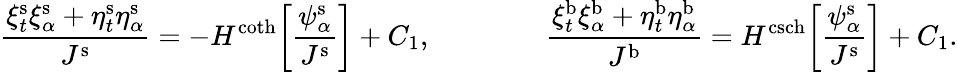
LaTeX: \frac{\xi_{t}^{\mathrm{s}}\xi_{\alpha}^{\mathrm{s}}+\eta_{t}^{\mathrm{s}}\eta_{\alpha}^{\mathrm{s}}}{J^{\mathrm{s}}}=-H^{\coth}\bigg[\frac{\psi_{\alpha}^{\mathrm{s}}}{J^{\mathrm{s}}}\bigg]+C_{1},\qquad\qquad\frac{\xi_{t}^{\mathrm{b}}\xi_{\alpha}^{\mathrm{b}}+\eta_{t}^{\mathrm{b}}\eta_{\alpha}^{\mathrm{b}}}{J^{\mathrm{b}}}=H^{\operatorname{csch}}\bigg[\frac{\psi_{\alpha}^{\mathrm{s}}}{J^{\mathrm{s}}}\bigg]+C_{1}.